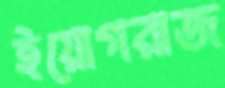
ইয়োগরাজ